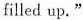
filled up"